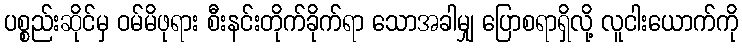
ပစ္စည်းဆိုင်မှ ဝမ်မိဖုရား စီးနင်းတိုက်ခိုက်ရာ သောအခါမျှ ပြောစရာရှိလို့ လူငါးယောက်ကို